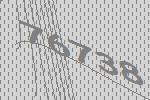
76738